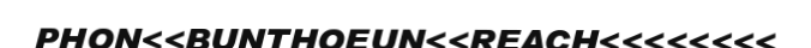
PHON<<BUNTHOEUN<<REACH<<<<<<<<